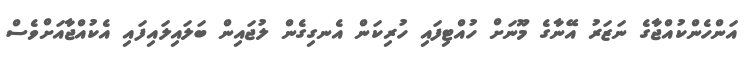
އަންހެންކުއްޖާގެ ނަޒަރު އޭނާގެ މޫނަށް ހުއްޓިފައި ހުރިކަން އެނގިގެން ލުޖައިން ބަލައިލައިފައި އެކުއްޖާއަށްވެސް